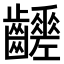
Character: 𪙸